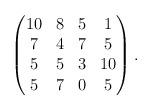
LaTeX: \begin{align*}\begin{pmatrix}10&8&5&1\\7&4&7&5\\5&5&3&10\\5&7&0&5\end{pmatrix}.\end{align*}